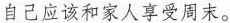
自己应该和家人享受周末。